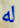
له